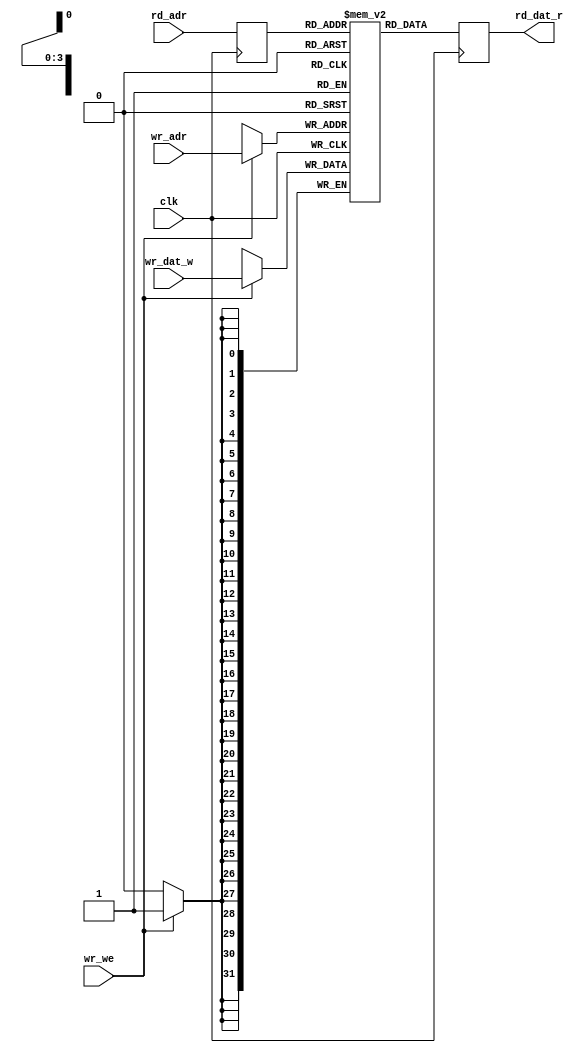
// 16x32b ram (1 write / 1 read / 1 clock)
// read latency: 2 clocks

module usb3_ep0in_ram(
	input clk,
	input wr_we,
	input [3:0] wr_adr,
	input [31:0] wr_dat_w,
	input [3:0] rd_adr,
	output reg [31:0] rd_dat_r

);

reg [31:0] mem[0:15];
reg [3:0] rd_adr_i;
always @(posedge clk) begin
	if (wr_we)
		mem[wr_adr] <= wr_dat_w;
end

always @(posedge clk) begin
	rd_adr_i <= rd_adr;
	rd_dat_r = mem[rd_adr_i];
end

endmodule